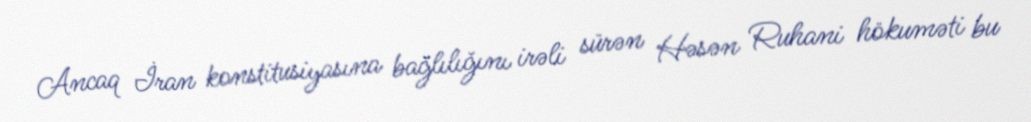
Ancaq İran konstitusiyasına bağlılığını irəli sürən Həsən Ruhani hökuməti bu